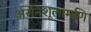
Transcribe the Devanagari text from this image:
अरनिशूलामणि